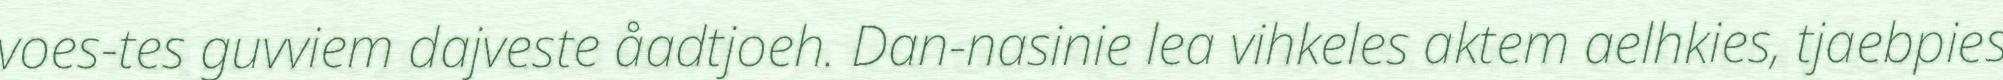
voes-tes guvviem dajveste åadtjoeh. Dan-nasinie lea vihkeles aktem aelhkies, tjaebpies